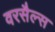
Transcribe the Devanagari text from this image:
वरसैल्स